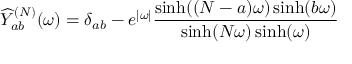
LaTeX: \widehat { Y } _ { a b } ^ { ( N ) } ( \omega ) = \delta _ { a b } - e ^ { | \omega | } \frac { \sinh ( ( N - a ) \omega ) \sinh ( b \omega ) } { \sinh ( N \omega ) \sinh ( \omega ) }